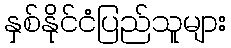
နှစ်နိုင်ငံပြည်သူများ